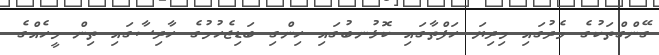
ގޭންގްތަކުގެ މެދުގައި މިދިޔަ ހަފްތާގައި ކޮޅުނބުގައި ހިންގި ބަޑިޖެހުމުގެ ހާދިސާގައި ތިން މީހެއްގެ